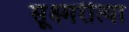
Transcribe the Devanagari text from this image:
सूक्ष्मरीत्या